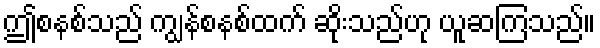
ဤစနစ်သည် ကျွန်စနစ်ထက် ဆိုးသည်ဟု ယူဆကြသည်။